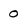
Character: o